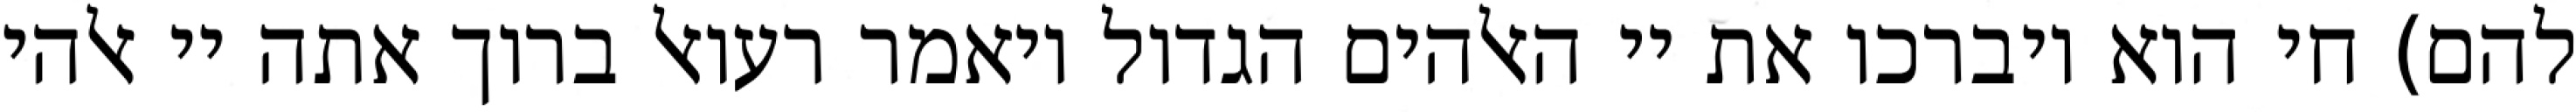
להם) חי הוא ויברכו את יי האלהים הגדול ויאמר רעואל ברוך אתה יי אלהי